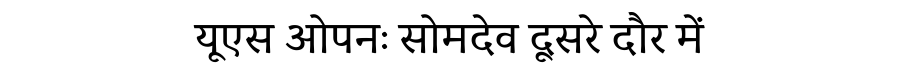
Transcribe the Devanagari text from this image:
यूएस ओपनः सोमदेव दूसरे दौर में